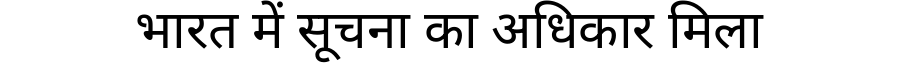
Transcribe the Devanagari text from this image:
भारत में सूचना का अधिकार मिला